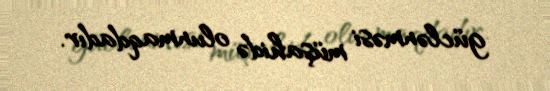
güclənməsi müşahidə olunmaqdadır.